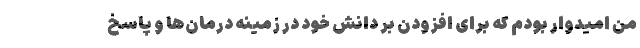
من امیدوار بودم که برای افزودن بر دانش خود در زمینه درمان‌ها و پاسخ